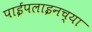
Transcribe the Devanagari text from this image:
पाईपलाइनच्या